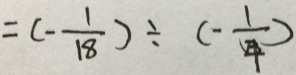
= ( - \frac { 1 } { 1 8 } ) \div ( - \frac { 1 } { 4 } )